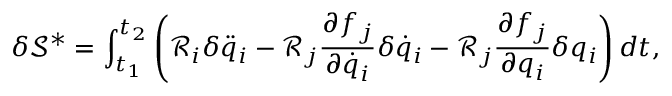
\delta \mathcal { S } ^ { * } = \int _ { t _ { 1 } } ^ { t _ { 2 } } \left( \mathcal { R } _ { i } \delta \ddot { q } _ { i } - \mathcal { R } _ { j } \frac { \partial f _ { j } } { \partial \dot { q } _ { i } } \delta { \dot { q } } _ { i } - \mathcal { R } _ { j } \frac { \partial f _ { j } } { \partial q _ { i } } \delta { q } _ { i } \right) d t ,